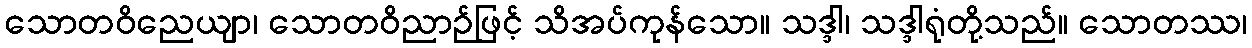
သောတဝိညေယျာ၊ သောတဝိညာဉ်ဖြင့် သိအပ်ကုန်သော။ သဒ္ဒါ၊ သဒ္ဒါရုံတို့သည်။ သောတဿ၊